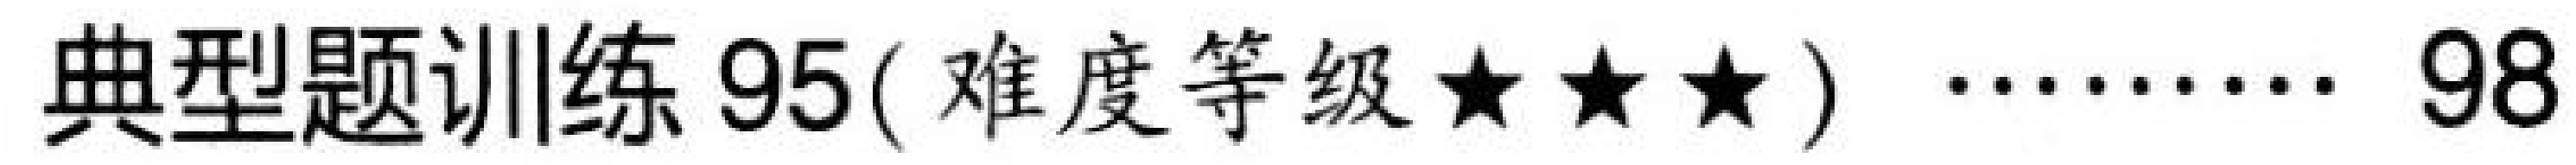
典型题训练 \(95(\)难度等级\(★★★)\ \cdots\cdots 98\)